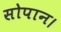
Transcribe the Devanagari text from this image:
सोपान।